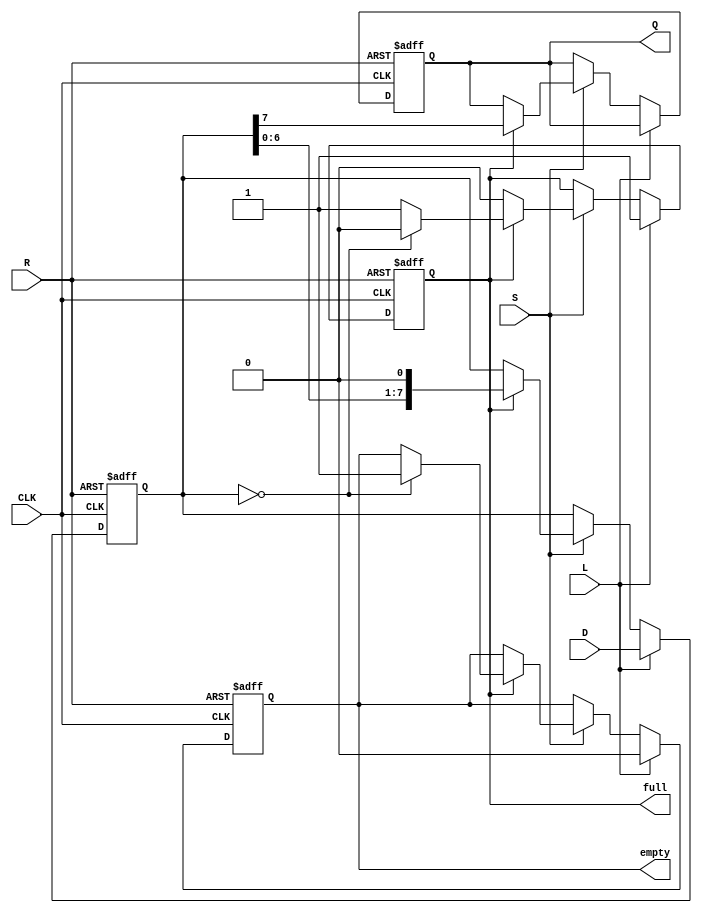
module PISO_Register #(
    parameter N = 8  // Number of bits in the parallel input
)(
    input wire [N-1:0] D,        // Parallel Data Input
    input wire L,                // Load Control Signal
    input wire CLK,              // Clock Signal
    input wire S,                // Shift Control Signal
    input wire R,                // Reset Signal
    output reg Q,                // Serial Output
    output reg full,             // Status Flag: Register Full
    output reg empty             // Status Flag: Register Empty
);

    reg [N-1:0] shift_reg;       // Shift Register to hold data
    integer i;

    always @(posedge CLK or posedge R) begin
        if (R) begin
            // Asynchronous Reset
            shift_reg <= {N{1'b0}}; // Clear the register
            Q <= 1'b0;              // Clear serial output
            full <= 1'b0;          // Register is empty
            empty <= 1'b1;         // Register is empty
        end else if (L) begin
            // Load Data
            shift_reg <= D;        // Load parallel data into shift register
            full <= 1'b1;          // Register is now full
            empty <= 1'b0;         // Register is not empty
        end else if (S) begin
            // Shift Data
            if (full) begin
                Q <= shift_reg[N-1]; // Serial output is the MSB of the shift register
                // Shift right (logical shift)
                shift_reg <= {shift_reg[N-2:0], 1'b0}; // Shift right and fill with 0
                // Update empty/full status
                if (shift_reg == 1'b0) begin
                    full <= 1'b0;    // Register is now empty
                    empty <= 1'b1;   // Register is empty
                end
            end
        end
    end

endmodule